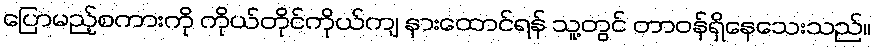
ပြောမည့်စကားကို ကိုယ်တိုင်ကိုယ်ကျ နားထောင်ရန် သူ့တွင် တာဝန်ရှိနေသေးသည်။